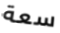
سعة